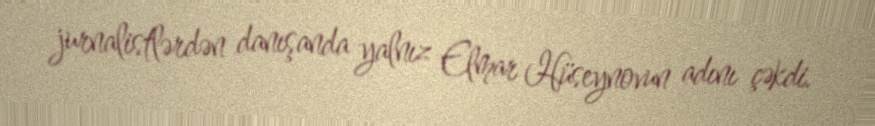
jurnalistlərdən danışanda yalnız Elmar Hüseynovun adını çəkdi.